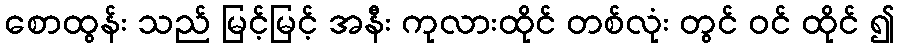
စောထွန်း သည် မြင့်မြင့် အနီး ကုလားထိုင် တစ်လုံး တွင် ဝင် ထိုင် ၍